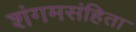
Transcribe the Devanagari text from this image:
शंगमसंहिता